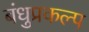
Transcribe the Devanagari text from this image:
बंधुप्रकल्प